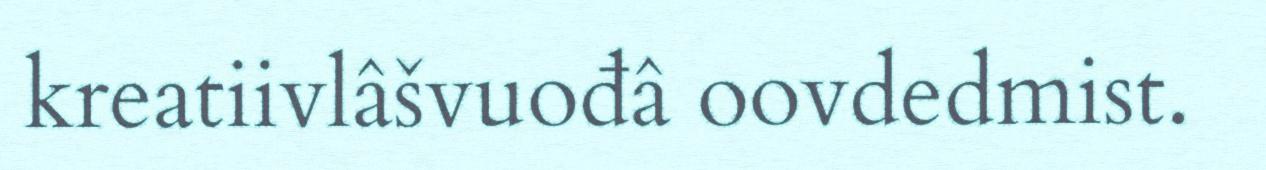
kreatiivlâšvuođâ oovdedmist.